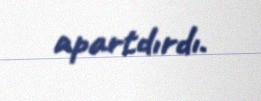
apartdırdı.